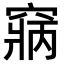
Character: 𥧃